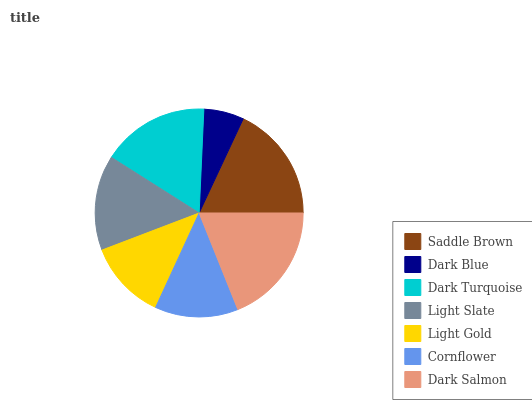
| Saddle Brown | Dark Blue | Dark Turquoise | Light Slate | Light Gold | Cornflower | Dark Salmon |
 | --- | --- | --- | --- | --- | --- | --- |
 | 18% | 6.24% | 16.7% | 14.8% | 12.3% | 12.9% | 19% |